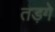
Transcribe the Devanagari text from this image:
तड़गे